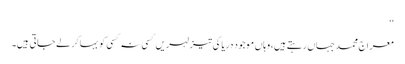
‘‘
معراج محمد جہاں رہتے ہیں، وہاں موجود دریا کی تیز لہریں کسی نہ کسی کو بہاکر لے جاتی ہیں۔